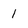
Character: 1